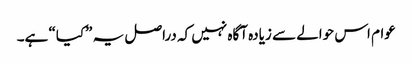
عوام اس حوالے سے زیادہ آگاہ نہیں کہ دراصل یہ ”کیا“ ہے۔